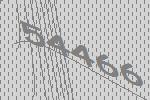
54466